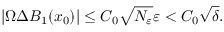
| \Omega \Delta B _ { 1 } ( x _ { 0 } ) | \leq C _ { 0 } \sqrt { N _ { \varepsilon } } \varepsilon < C _ { 0 } \sqrt { \delta } .